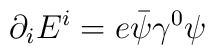
\partial_i E^i = e {\bar \psi} \gamma^0 \psi